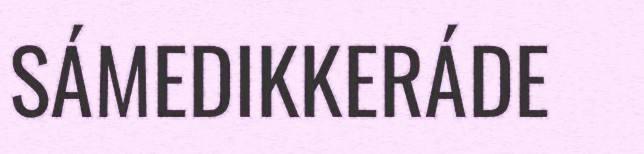
SÁMEDIKKERÁDE